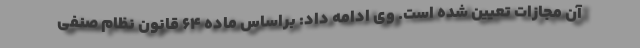
آن مجازات تعیین شده است. وی ادامه داد: براساس ماده ۶۴ قانون نظام صنفی